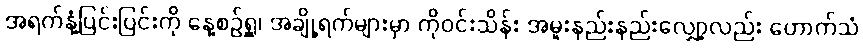
အရက်နံ့ပြင်းပြင်းကို နေ့စဉ်ရှူ၊ အချို့ရက်များမှာ ကိုဝင်းသိန်း အမူးနည်းနည်းလျှော့လည်း ဟောက်သံ